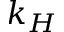
k _ { H }